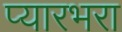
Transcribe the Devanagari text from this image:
प्यारभरा